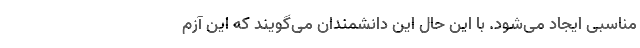
مناسبی ایجاد می‌شود. با این حال این دانشمندان می‌گویند که این آزم